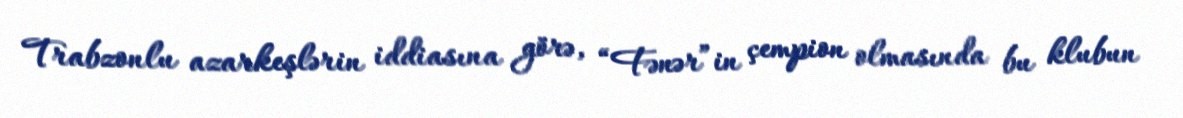
Trabzonlu azarkeşlərin iddiasına görə, “Fənər”in çempion olmasında bu klubun